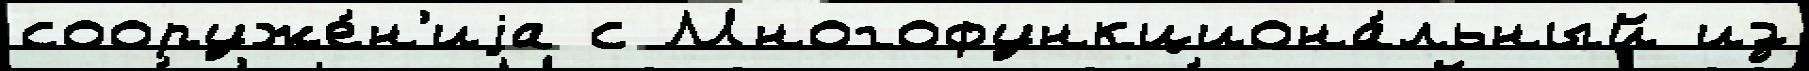
сооруже́н'иjа с Многофункциона́льный из